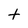
Character: t